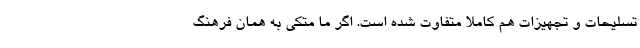
تسلیحات و تجهیزات هم کاملاً متفاوت شده است. اگر ما متکی به همان فرهنگ